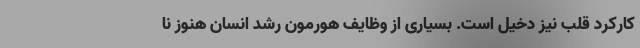
کارکرد قلب نیز دخیل است. بسیاری از وظایف هورمون رشد انسان هنوز نا